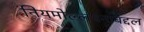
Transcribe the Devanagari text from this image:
नियमोल्लंघनाबद्दल